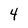
Character: 4